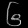
Digit: ၆